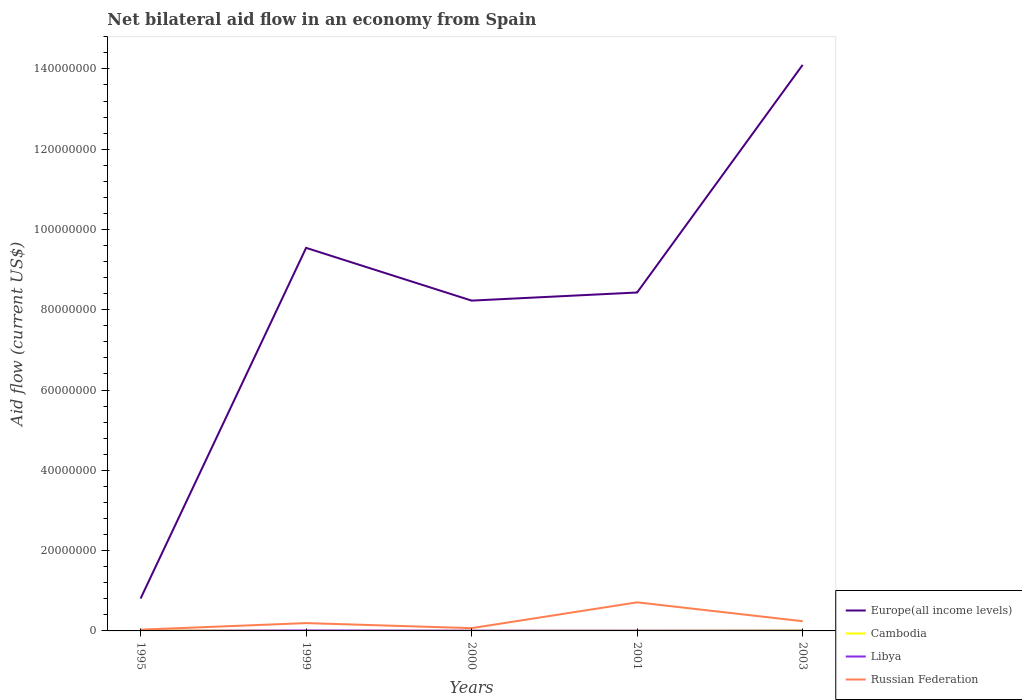
| Years | Europe(all income levels) | Cambodia | Libya | Russian Federation |
 | --- | --- | --- | --- | --- |
 | 1995 | 8.07e+06 | 1.2e+05 | 2e+04 | 3.1e+05 |
 | 1999 | 9.54e+07 | 2e+04 | 1.2e+05 | 1.95e+06 |
 | 2000 | 8.23e+07 | 3e+04 | 7e+04 | 6.9e+05 |
 | 2001 | 8.43e+07 | 6e+04 | 6e+04 | 7.12e+06 |
 | 2003 | 1.41e+08 | 1.2e+05 | 6e+04 | 2.42e+06 |